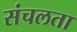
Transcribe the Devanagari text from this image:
संचलता